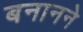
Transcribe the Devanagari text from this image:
बनानने